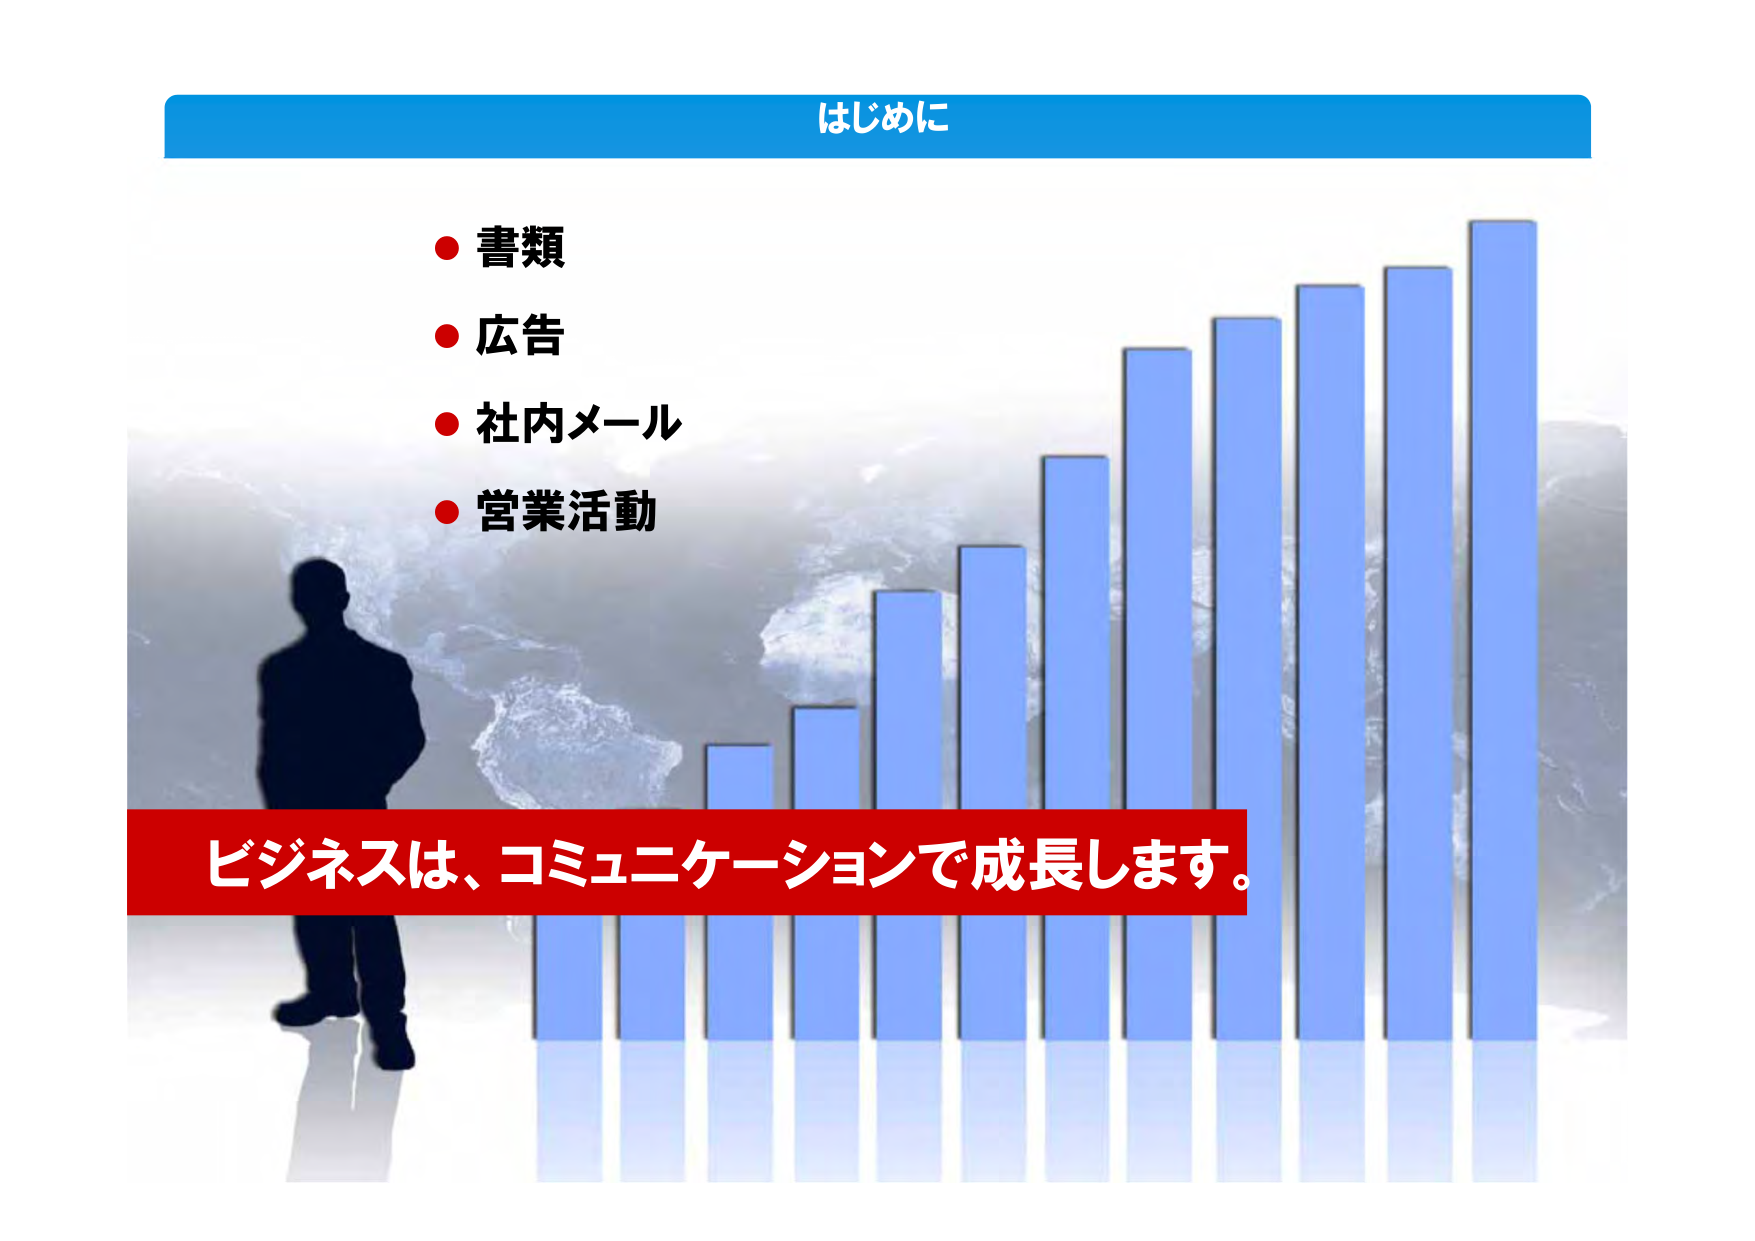
はじめに

・書類
・広告
・社内メール
・営業活動

ビジネスは、コミュニケーションで成長します。